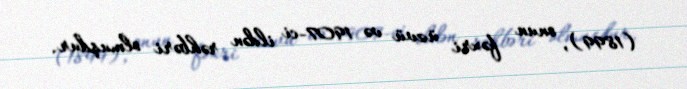
(1899), onun fəxri üzvü və 1907-ci ildən rəhbəri olmuşdur.